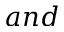
a n d